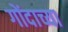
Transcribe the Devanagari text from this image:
गोंदाच्या